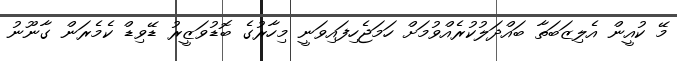
މޭ ކުއީން އެލިޒަބަތާ ބައްދަލުކުރެއްވުމަށް ހަމަޖެހިފައިވަނީ މިހާރުގެ ބޮޑުވަޒީރު ޑޭވިޑް ކެމެރަން ގާނޫނު